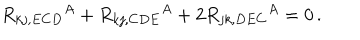
LaTeX: R _ { k j , E C D } { } ^ { A } + R _ { k j , C D E } { } ^ { A } + 2 R _ { j k , D E C } { } ^ { A } = 0 \, .